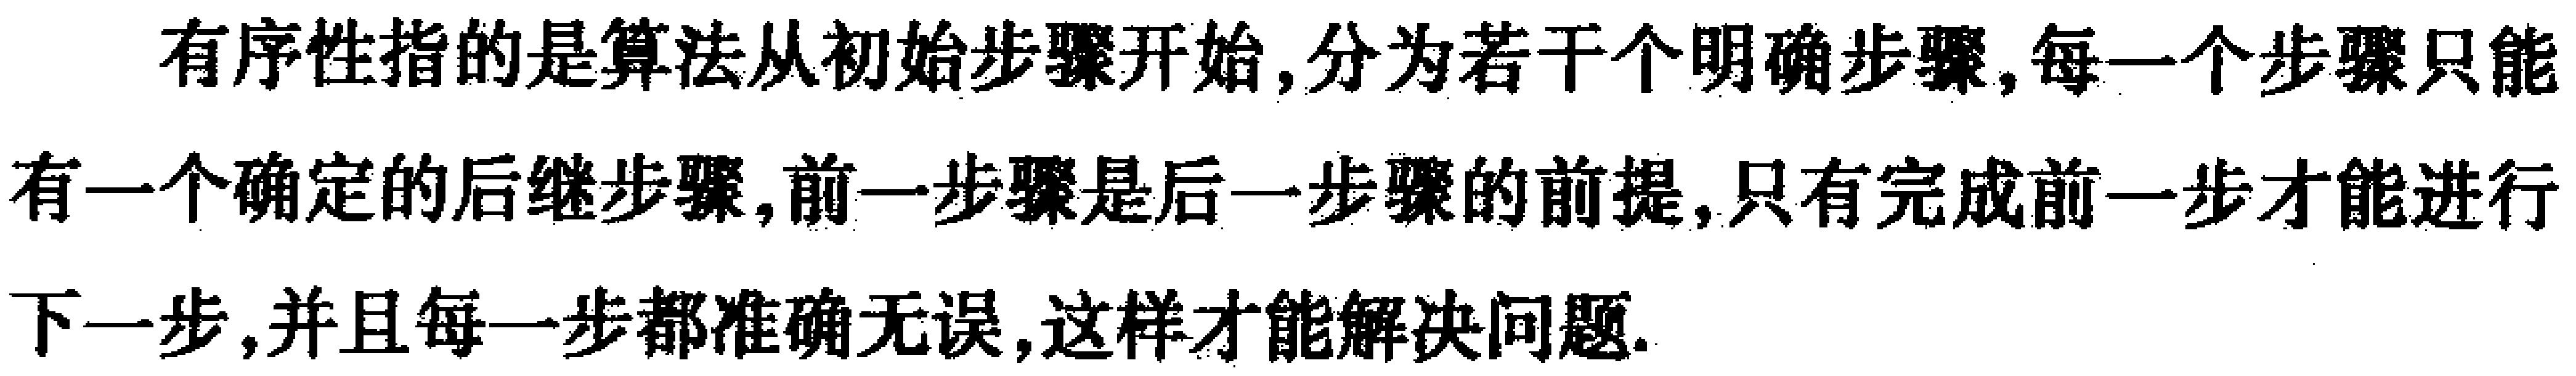
有序性指的是算法从初始步骤开始,分为若干个明确步骤,每一个步骤只能有一个确定的后继步骤,前一步骤是后一步骤的前提,只有完成前一步才能进行下一步,并且每一步都准确无误,这样才能解决问题.